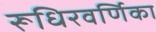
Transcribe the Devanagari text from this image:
रूधिरवर्णिका